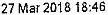
27 MAR 2018 18:46